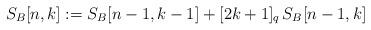
LaTeX: \begin{align*} S_B[n,k] := S_B[n-1,k-1]+[2k+1]_q\,S_B[n-1,k]\end{align*}